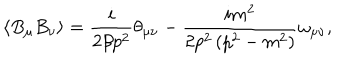
\left\langle B _ { \mu } B _ { \nu } \right\rangle = \frac i { 2 \beta p ^ { 2 } } \theta _ { \mu \nu } - \frac { i m ^ { 2 } } { 2 p ^ { 2 } \left( p ^ { 2 } - m ^ { 2 } \right) } \omega _ { \mu \nu } ,